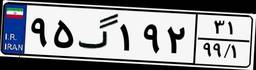
۹۵گ۱۹۲۳۱